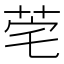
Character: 𬜭